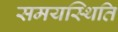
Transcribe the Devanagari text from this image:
समयस्थिति